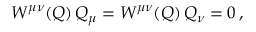
W ^ { \mu \nu } ( Q ) \, Q _ { \mu } = W ^ { \mu \nu } ( Q ) \, Q _ { \nu } = 0 \, ,